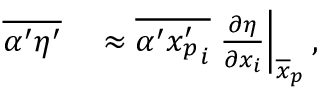
\begin{array} { r l } { \overline { { \alpha ^ { \prime } \eta ^ { \prime } } } } & { { } \approx \overline { { \alpha ^ { \prime } { x _ { p } ^ { \prime } } _ { i } } } \left. \frac { \partial \eta } { \partial x _ { i } } \right| _ { \overline { { \boldsymbol x } } _ { p } } , } \end{array}